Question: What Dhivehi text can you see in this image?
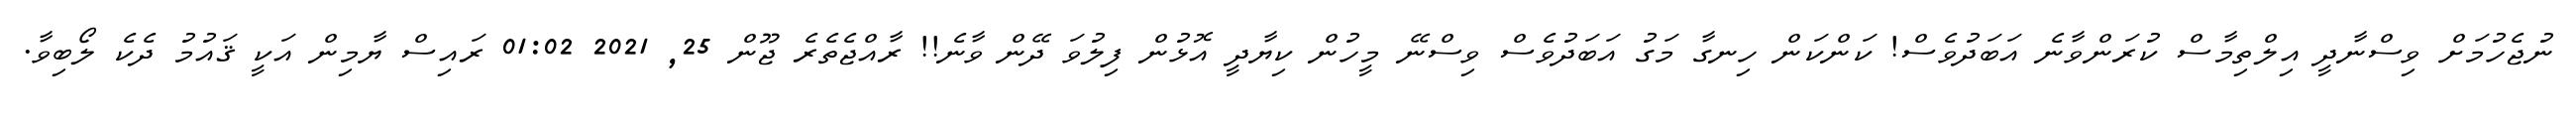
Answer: ނުޖެހުމަށް ވިސްނާދީ އިލްތިމާސް ކުރަންވާނެ އަބަދުވެސް! ކަންކަން ހިނގާ މަގު އަބަދުވެސް ވިސްނޭ މީހުން ކިޔާދީ އޮޅުން ފިލުވަ ދޭން ވާނެ!! ރާއްޖެތެރެ ޖޫން 25, 2021 01:02 ރައިސް ޔާމިން އަކީ ޤައުމު ދެކެ ލޯބިވާ.